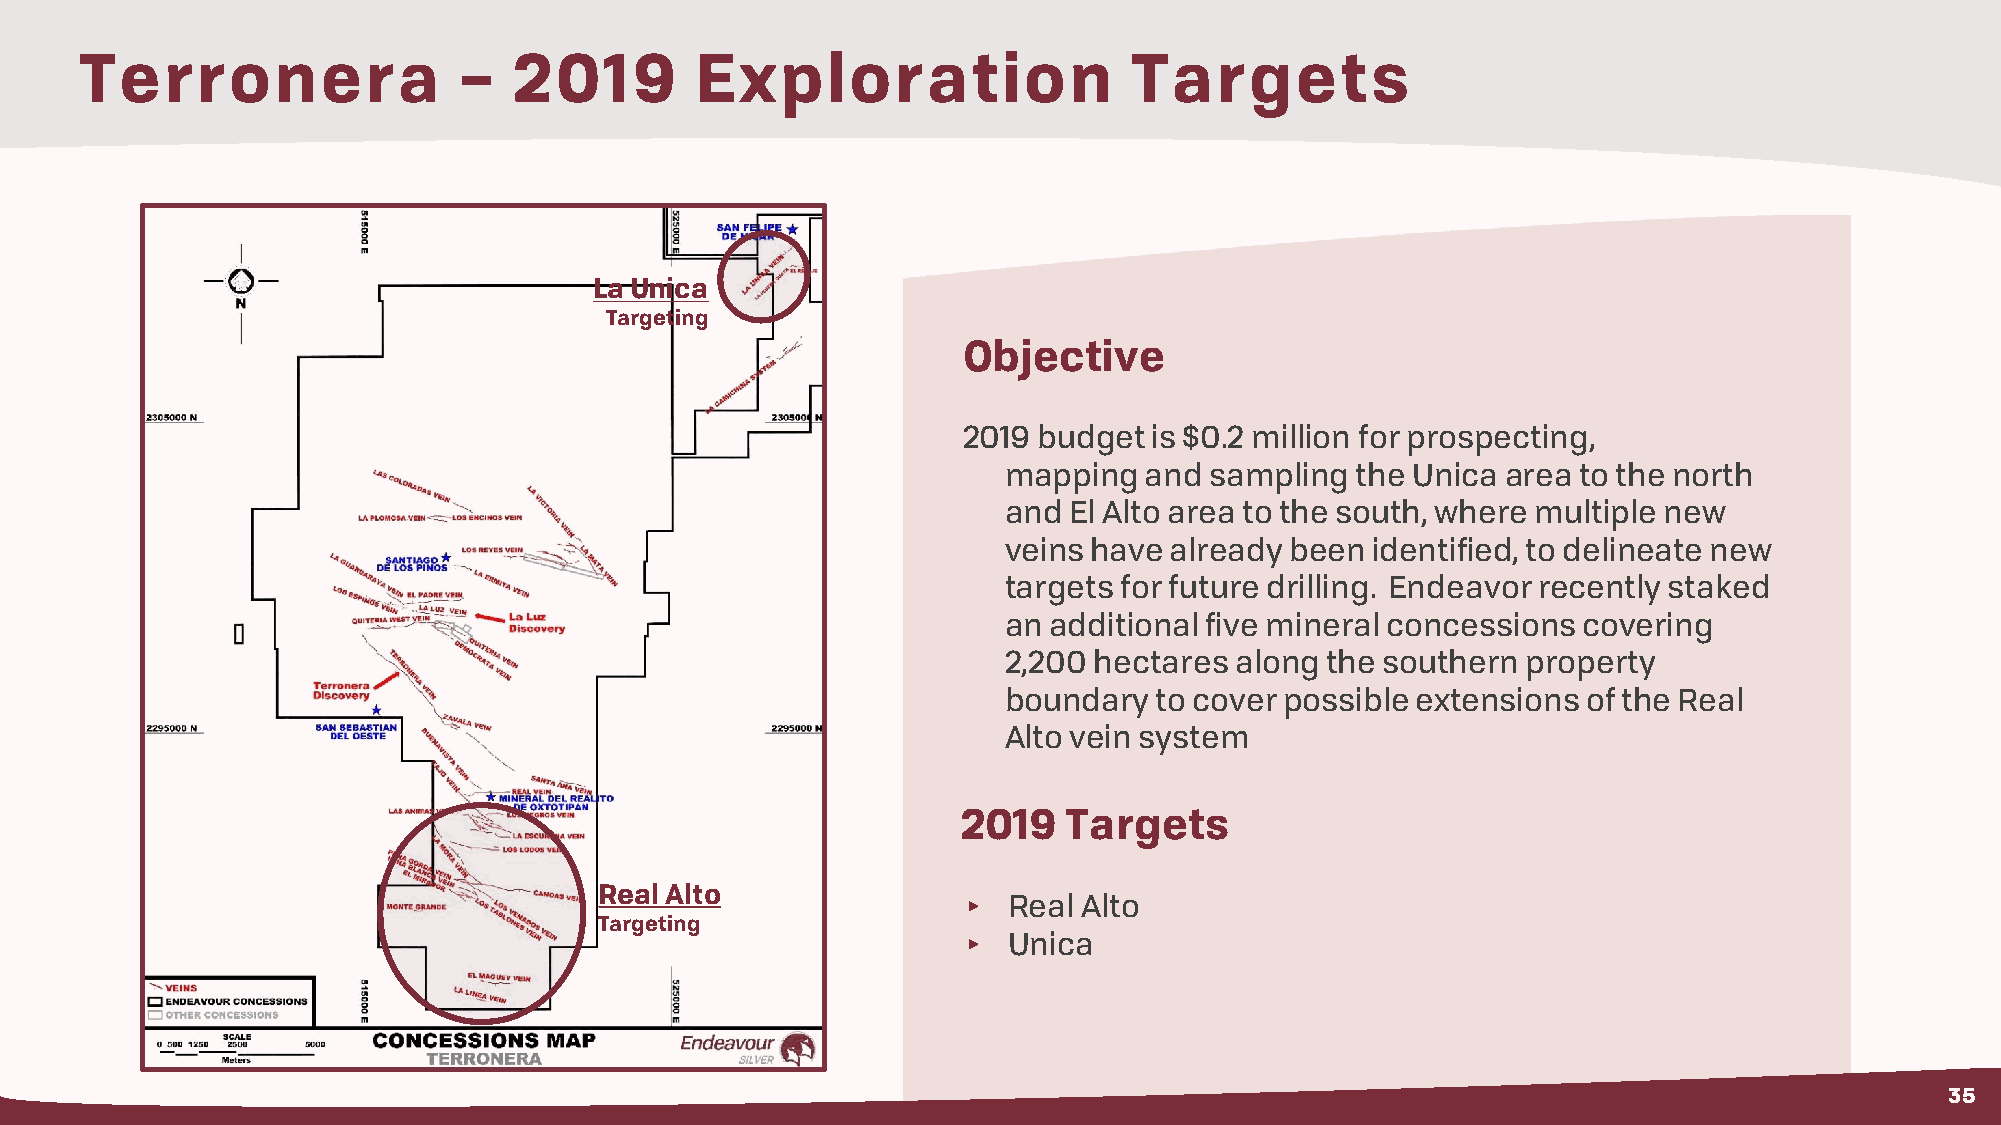
Terronera                –   2019        Exploration                  Targets
 La Unica
 Targeting
 Objective
 2019 budget is $0.2 million for prospecting,
 mapping  and sampling  the Unica area to the north
 and El Alto area to the south, where multiple new
 veins have already been identified, to delineate new
 targets for future drilling. Endeavor recently staked
 an additional five mineral concessions covering
 2,200 hectares along the southern property
 boundary to cover possible extensions of the Real
 Alto vein system
 2019   Targets
 Real Alto
 ▸  Real Alto
 Targeting
 ▸  Unica
 35